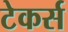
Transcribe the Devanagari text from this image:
टेकर्स